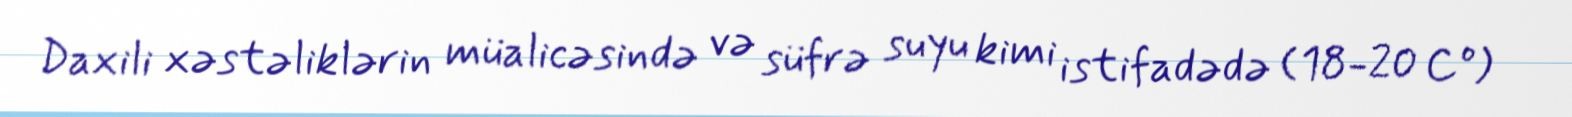
Daxili xəstəliklərin müalicəsində və süfrə suyu kimi istifadədə (18-20 Cº)